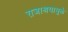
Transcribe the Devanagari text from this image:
राजाश्रयामुळे